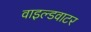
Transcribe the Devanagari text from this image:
वाइल्डवाटर